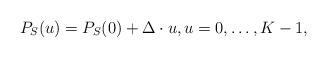
LaTeX: \begin{align*}P_{S}(u) = P_{S}(0) + \Delta \cdot u, u=0,\dots, K-1,\end{align*}